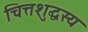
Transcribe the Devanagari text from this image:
चित्तशुद्धस्य